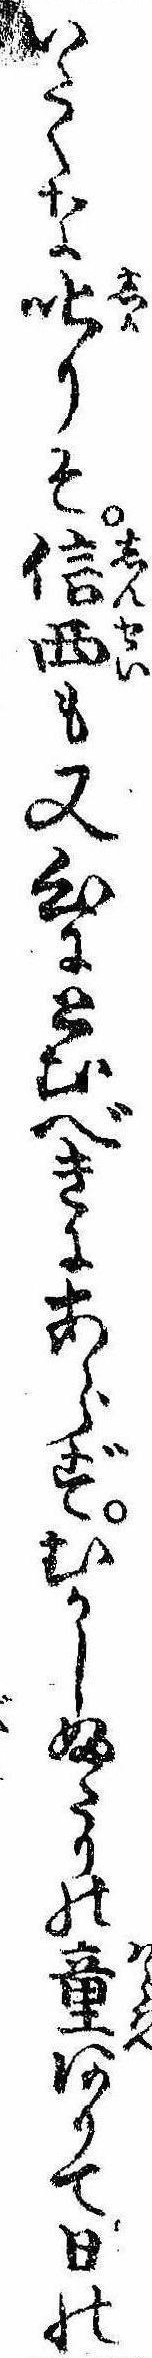
いたくな叱りそ信西も又心にとむべきにあらずむかしふたりの童ありて日の